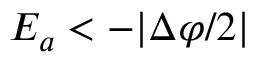
{ \cal E } _ { a } < - | \Delta \varphi / 2 |